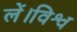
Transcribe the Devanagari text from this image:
लें।विश्व